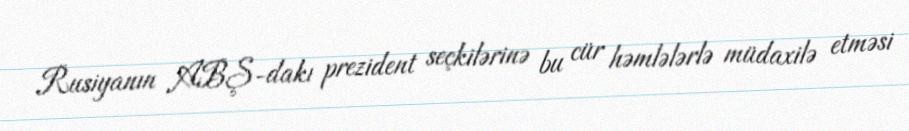
Rusiyanın ABŞ-dakı prezident seçkilərinə bu cür həmlələrlə müdaxilə etməsi